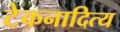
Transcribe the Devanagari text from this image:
टेकनादित्य